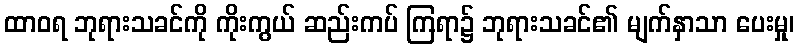
ထာဝရ ဘုရားသခင်ကို ကိုးကွယ် ဆည်းကပ် ကြရာ၌ ဘုရားသခင်၏ မျက်နှာသာ ပေးမှု၊